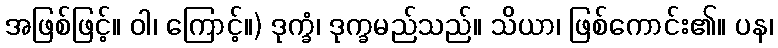
အဖြစ်ဖြင့်။ ဝါ၊ ကြောင့်။) ဒုက္ခံ၊ ဒုက္ခမည်သည်။ သိယာ၊ ဖြစ်ကောင်း၏။ ပန၊